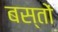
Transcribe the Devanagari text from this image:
बस्तों